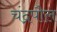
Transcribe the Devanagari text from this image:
चंद्रपौल